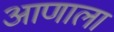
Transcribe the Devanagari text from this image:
आणाला